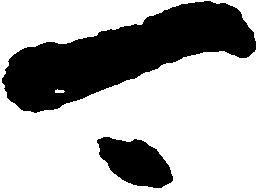
可